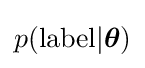
p({\rm {label}}|{\boldsymbol {\theta }})